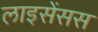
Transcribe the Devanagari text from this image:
लाइसेंसस